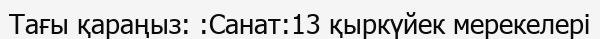
Тағы қараңыз: :Санат:13 қыркүйек мерекелері